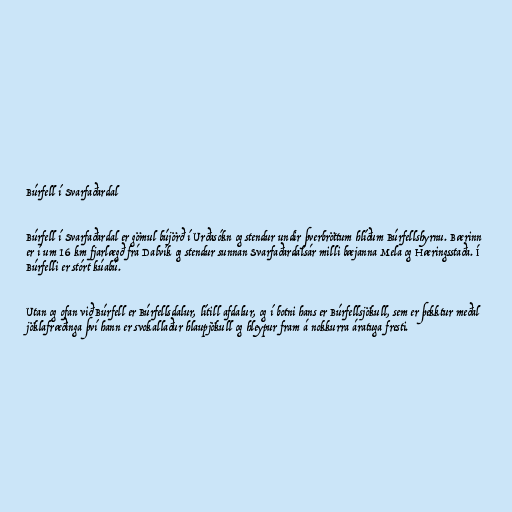
Búrfell í Svarfaðardal

Búrfell í Svarfaðardal er gömul bújörð í Urðasókn og stendur undir þverbröttum hlíðum Búrfellshyrnu. Bærinn
er í um 16 km fjarlægð frá Dalvík og stendur sunnan Svarfaðardalsár milli bæjanna Mela og Hæringsstaða. Í
Búrfelli er stórt kúabú.

Utan og ofan við Búrfell er Búrfellsdalur, lítill afdalur, og í botni hans er Búrfellsjökull, sem er þekktur meðal
jöklafræðinga því hann er svokallaður hlaupjökull og hleypur fram á nokkurra áratuga fresti.